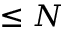
\le N